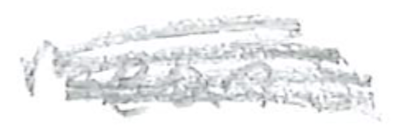
Text: means
Cross-out: scratch
Writing tool: pencil